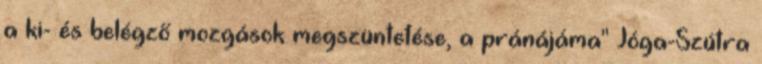
a ki- és belégző mozgások megszüntetése, a pránájáma" Jóga-Szútra